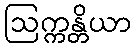
ဩက္ကန္တိယာ